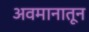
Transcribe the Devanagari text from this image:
अवमानातून